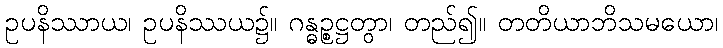
ဥပနိဿာယ၊ ဥပနိဿယ၌။ ဂန္ဓဉ္စဋ္ဌတွာ၊ တည်၍။ တတိယာဘိသမယော၊